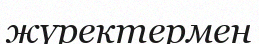
жүректермен